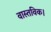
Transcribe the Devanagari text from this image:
वास्तविक।